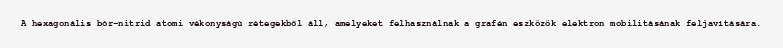
A hexagonális bór-nitrid atomi vékonyságú rétegekből áll, amelyeket felhasználnak a grafén eszközök elektron mobilitásának feljavítására.